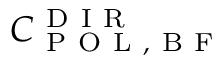
C _ { \mathrm { ~ P ~ O ~ L ~ , ~ B ~ F ~ } } ^ { \mathrm { ~ D ~ I ~ R ~ } }